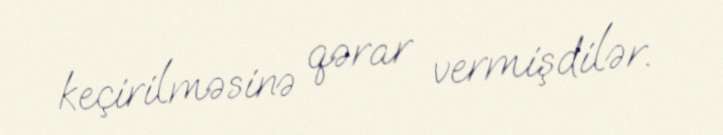
keçirilməsinə qərar vermişdilər.